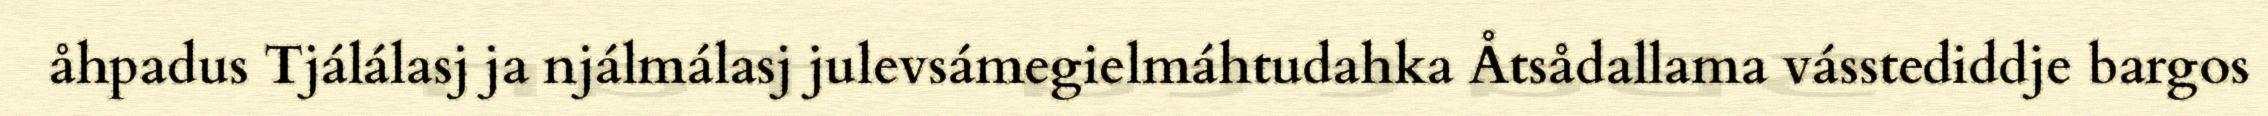
åhpadus Tjálálasj ja njálmálasj julevsámegielmáhtudahka Åtsådallama vásstediddje bargos